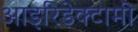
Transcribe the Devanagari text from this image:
आइरिडेक्टामी